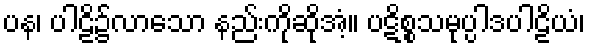
ပန၊ ပါဠိ၌လာသော နည်းကိုဆိုအံ့။ ပဋိစ္စသမုပ္ပါဒပါဠိယံ၊